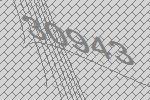
30943